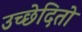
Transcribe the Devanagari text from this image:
उच्छेदितो